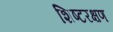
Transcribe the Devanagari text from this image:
शिष्टरक्षण